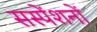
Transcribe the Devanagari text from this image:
सस्पेंशनों